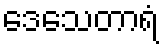
ဒေသေတာရံ